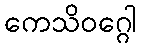
ကေသိဝဂ္ဂေါ